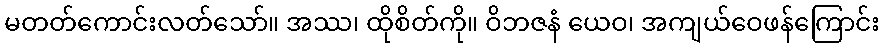
မတတ်ကောင်းလတ်သော်။ အဿ၊ ထိုစိတ်ကို။ ဝိဘဇနံ ယေဝ၊ အကျယ်ဝေဖန်ကြောင်း